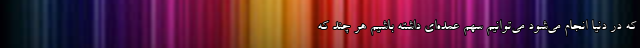
که در دنیا انجام می‌شود می‌توانیم سهم عمده‌ای داشته باشیم هر چند که